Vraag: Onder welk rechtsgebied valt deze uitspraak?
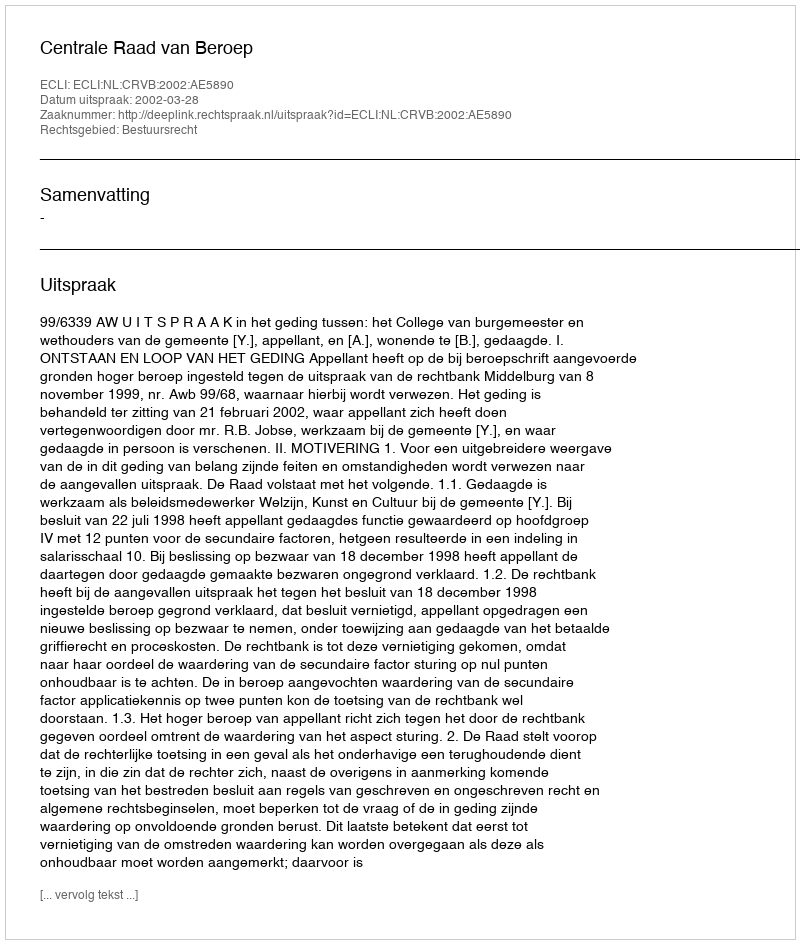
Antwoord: Bestuursrecht